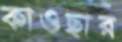
কাওছার